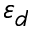
\varepsilon _ { d }